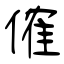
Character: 傕